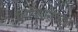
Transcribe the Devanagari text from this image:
लिपिशास्त्रात